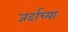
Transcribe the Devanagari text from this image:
जर्दाच्या